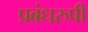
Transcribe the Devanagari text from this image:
प्रबंधरुपी